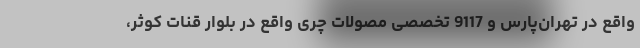
واقع در تهران‌پارس و 9117 تخصصی مصولات چری واقع در بلوار قنات کوثر،